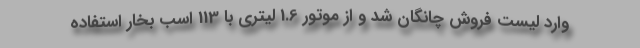
وارد لیست فروش چانگان شد و از موتور 1.6 لیتری با 113 اسب بخار استفاده